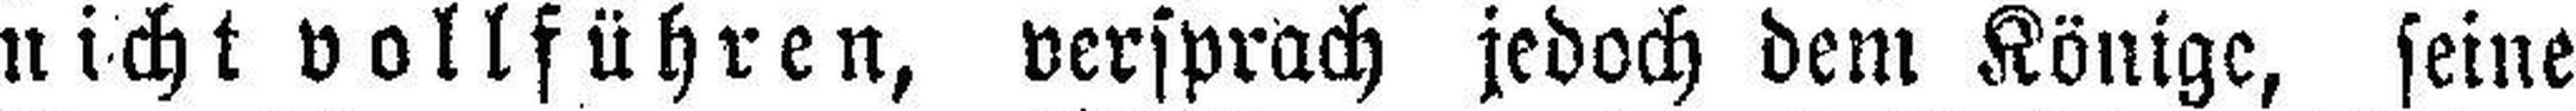
nicht vollführen, versprach jedoch dem Könige, seine